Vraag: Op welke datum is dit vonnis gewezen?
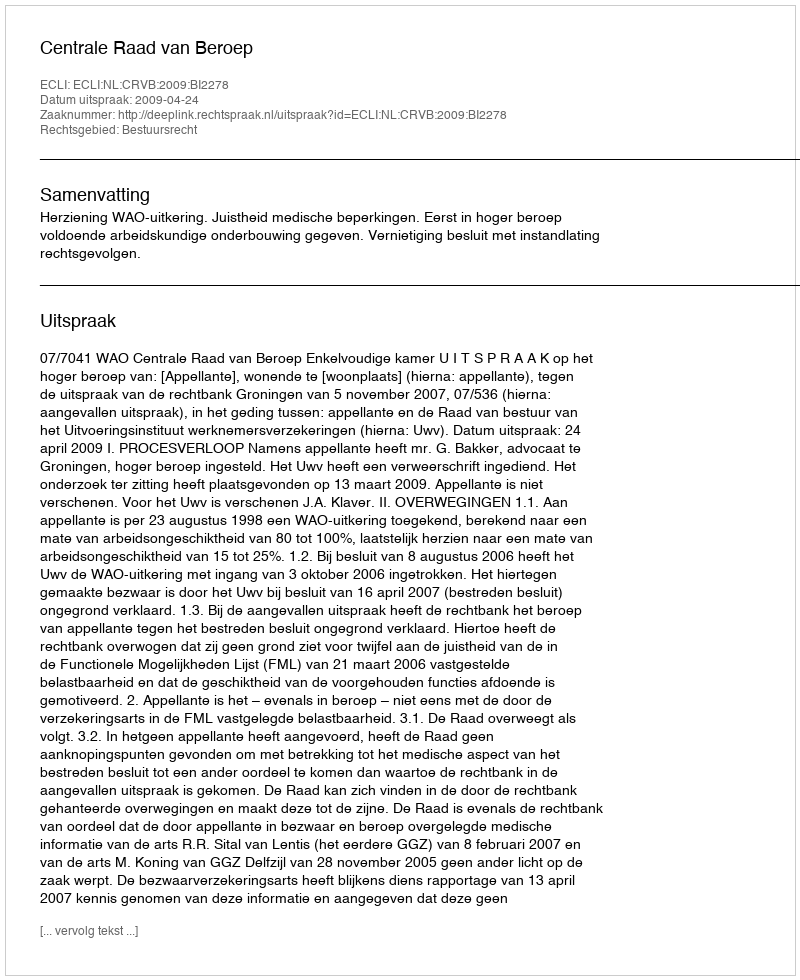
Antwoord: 2009-04-24